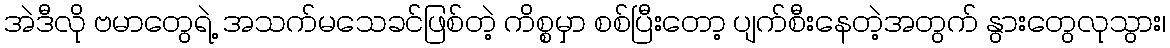
အဲဒီလို ဗမာတွေရဲ့ အသက်မသေခင်ဖြစ်တဲ့ ကိစ္စမှာ စစ်ပြီးတော့ ပျက်စီးနေတဲ့အတွက် နွားတွေလုသွား၊